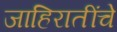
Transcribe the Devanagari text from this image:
जाहिरातींचे